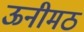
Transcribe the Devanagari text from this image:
ऊनीमठ